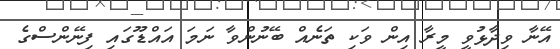
އޭނާ ވިދާޅުވީ މީރާ އިން ވަކި ތަނެއް ބޭނުންވާ ނަމަ އައްޑޫގައި ފިނޭންސްގެ